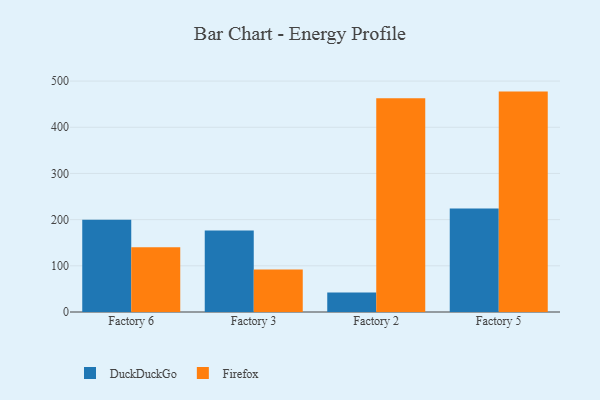
{"axis": {"x": "Factory", "y": "Conversion Rate (%)"}, "legend": ["DuckDuckGo", "Firefox"], "data": [{"x": "Factory 6", "y": 200.0, "type": "DuckDuckGo"}, {"x": "Factory 6", "y": 140.4, "type": "Firefox"}, {"x": "Factory 3", "y": 176.7, "type": "DuckDuckGo"}, {"x": "Factory 3", "y": 92.2, "type": "Firefox"}, {"x": "Factory 2", "y": 42.3, "type": "DuckDuckGo"}, {"x": "Factory 2", "y": 462.9, "type": "Firefox"}, {"x": "Factory 5", "y": 224.1, "type": "DuckDuckGo"}, {"x": "Factory 5", "y": 477.2, "type": "Firefox"}]}